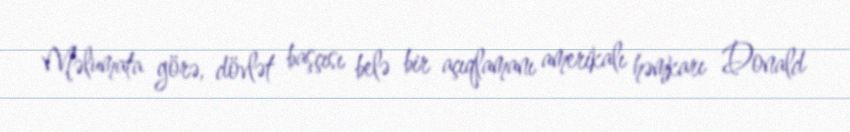
Məlumata görə, dövlət başçısı belə bir açıqlamanı amerikalı həmkarı Donald